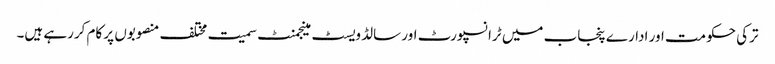
ترکی حکومت اور ادارے پنجاب میں ٹرانسپورٹ اور سالڈ ویسٹ مینجمنٹ سمیت مختلف منصوبوں پر کام کررہے ہیں۔